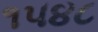
૧૫૪૮